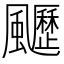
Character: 𩙖